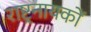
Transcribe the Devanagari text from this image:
राष्ट्रनायकों